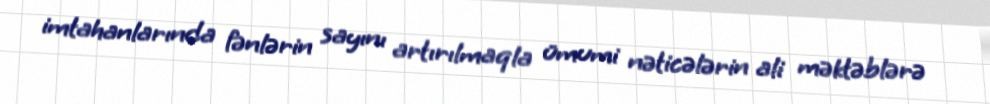
imtahanlarında fənlərin sayını artırılmaqla ümumi nəticələrin ali məktəblərə